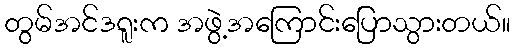
တွမ်အင်ဒရူးက အဖွဲ့အကြောင်းပြောသွားတယ်။